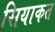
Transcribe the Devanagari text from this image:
सियाकत